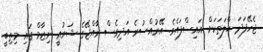
ޖެހޭފަދަ ޙާލަތަކަށް އައިސްފައެވެ. އޭރުއްސުރެ އަދިވެސް ރާއްޖޭގެ ޝަރުޢީ ނިޒާމް ގައި މިތިބީ